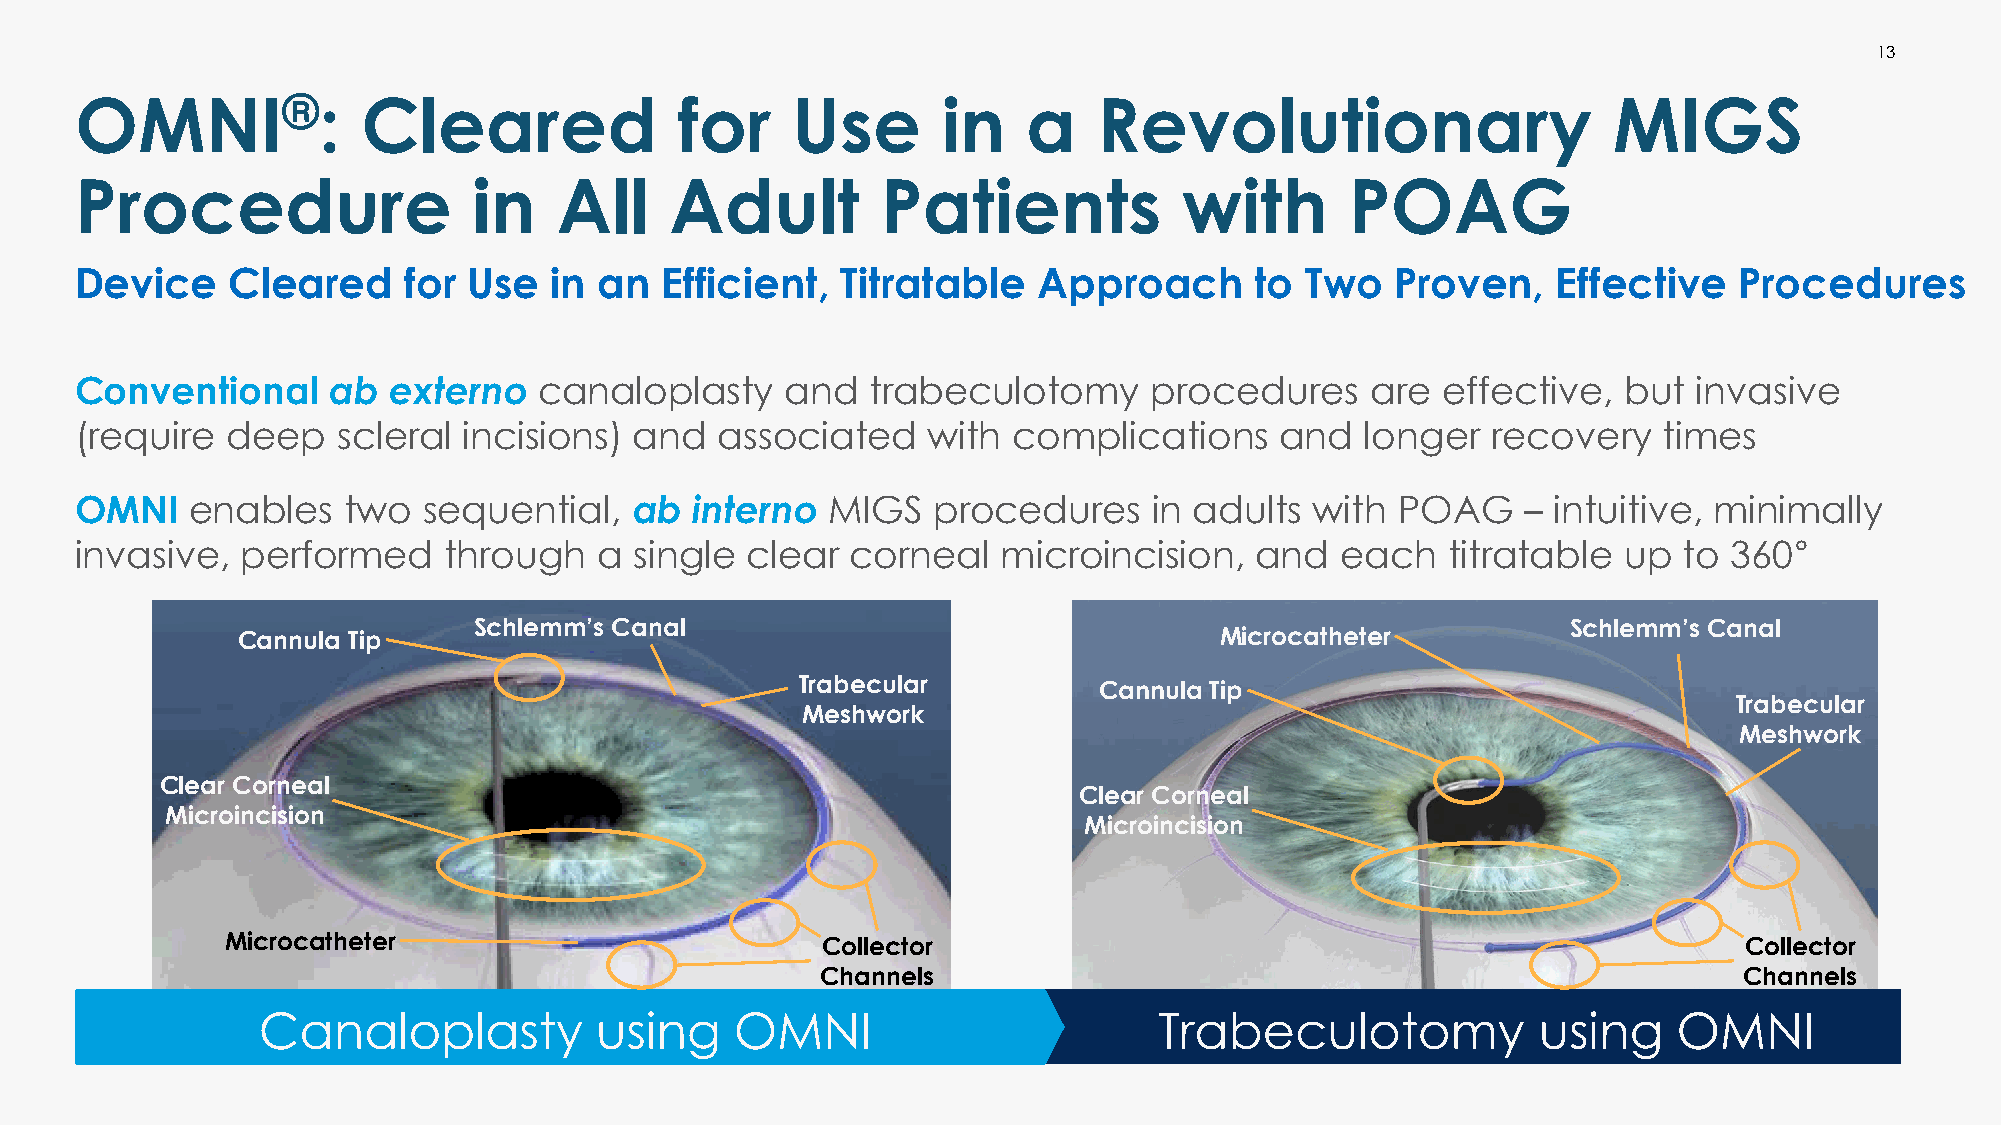
13
 OMNI®:             Cleared              for    Use       in    a    Revolutionary                     MIGS
 Procedure                 in    All    Adult         Patients            with       POAG
 Device    Cleared     for Use  in  an  Efficient,  Titratable   Approach      to Two   Proven,    Effective   Procedures
 Conventional     ab  externo   canaloplasty    and   trabeculotomy     procedures     are effective,   but invasive
 (require  deep   scleral  incisions) and   associated   with  complications     and  longer   recovery   times
 OMNI    enables   two  sequential,   ab  interno  MIGS   procedures    in adults  with  POAG    – intuitive, minimally
 invasive,  performed    through    a single clear  corneal   microincision,   and   each   titratable up  to  360°
 Schlemm’s Canal                                                          Schlemm’s Canal
 Cannula Tip                                                      Microcatheter
 Trabecular
 Cannula Tip
 Trabecular
 Meshwork
 Meshwork
 Clear Corneal
 Clear Corneal
 Microincision
 Microincision
 Microcatheter                          Collector                                                    Collector
 Channels                                                     Channels
 Canaloplasty          using     OMNI                        Trabeculotomy            using    OMNI